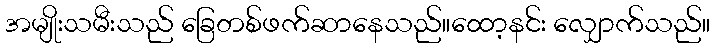
အမျိုးသမီးသည် ခြေတစ်ဖက်ဆာနေသည်။ထော့နင်း လျှောက်သည်။